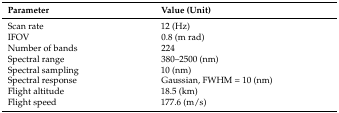
| Parameter | Value (Unit) |
 | --- | --- |
 | Scan rate | 12 (Hz) |
 | IFOV | 0.8 (m rad) |
 | Number of bands | 224 |
 | Spectral range | 380–2500 (nm) |
 | Spectral sampling | 10 (nm) |
 | Spectral response | Gaussian, FWHM = 10 (nm) |
 | Flight altitude | 18.5 (km) |
 | Flight speed | 177.6 (m/s) |